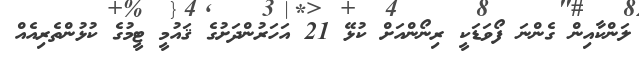
ލަންކާއިން ގެންނަ ފޯވަޑަކީ ރިނޯންއަށް ކުޅޭ 21 އަހަރުންދަށުގެ ޤައުމީ ޓީމުގެ ކުޅުންތެރިއެއް